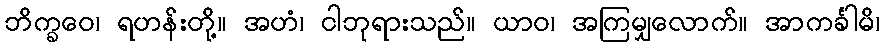
ဘိက္ခဝေ၊ ရဟန်းတို့။ အဟံ၊ ငါဘုရားသည်။ ယာဝ၊ အကြမျှလောက်။ အာကင်္ခါမိ၊